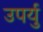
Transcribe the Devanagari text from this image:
उपर्यु